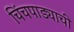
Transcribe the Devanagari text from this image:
चिंचपाड्याची